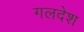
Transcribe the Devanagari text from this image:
गलदेश